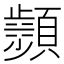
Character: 𩕘